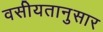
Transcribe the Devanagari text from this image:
वसीयतानुसार